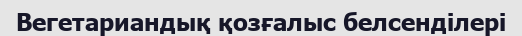
Вегетариандық қозғалыс белсенділері